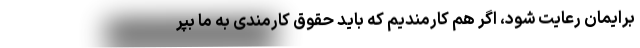
برایمان رعایت شود، اگر هم کارمندیم که باید حقوق کارمندی به ما بپر